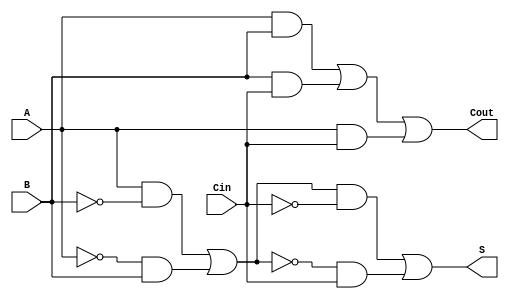
module TransmissionGateFullAdder (
    input wire A,      // First single-bit input
    input wire B,      // Second single-bit input
    input wire Cin,    // Carry-in input
    output wire S,     // Sum output
    output wire Cout    // Carry-out output
);

// Internal wires for intermediate signals
wire AB_and, BC_and, AC_and;  // Intermediate AND results
wire A_xor_B, A_xor_B_xor_Cin; // Intermediate XOR results

// Transmission gates to implement A XOR B
assign A_xor_B = (A & ~B) | (~A & B);

// Transmission gates to implement (A XOR B) XOR Cin for Sum (S)
assign A_xor_B_xor_Cin = (A_xor_B & ~Cin) | (~A_xor_B & Cin);

// Final Sum output
assign S = A_xor_B_xor_Cin;

// Transmission gates to implement AND operations for Cout
assign AB_and = A & B;           // A AND B
assign BC_and = B & Cin;         // B AND Cin
assign AC_and = A & Cin;         // A AND Cin

// Final Carry-out output using OR operation on the AND results
assign Cout = AB_and | BC_and | AC_and;

endmodule